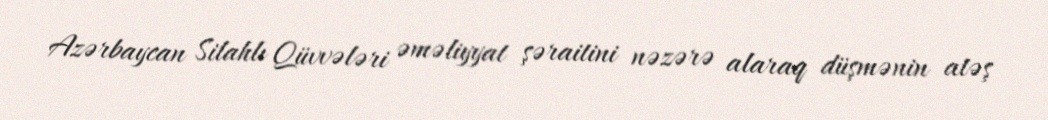
Azərbaycan Silahlı Qüvvələri əməliyyat şəraitini nəzərə alaraq düşmənin atəş